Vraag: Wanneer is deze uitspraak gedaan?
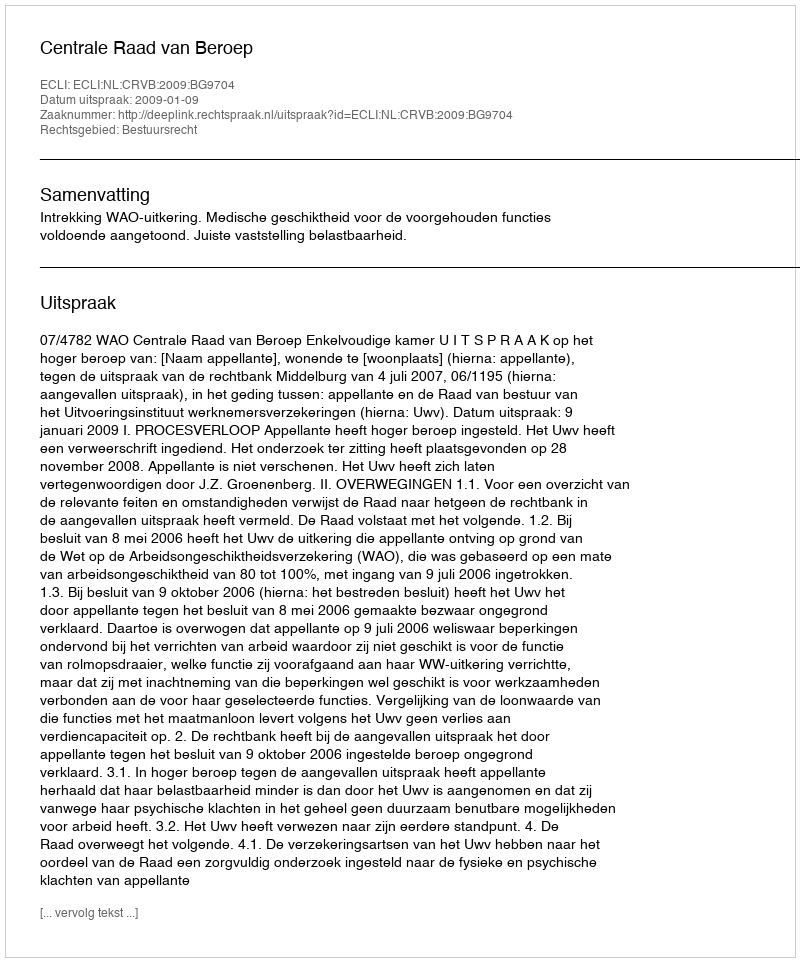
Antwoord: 2009-01-09